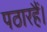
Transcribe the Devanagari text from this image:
पठारहैं।